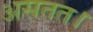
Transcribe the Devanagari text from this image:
असतत।